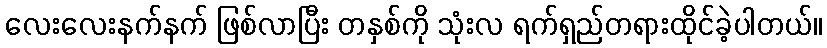
လေးလေးနက်နက် ဖြစ်လာပြီး တနှစ်ကို သုံးလ ရက်ရှည်တရားထိုင်ခဲ့ပါတယ်။